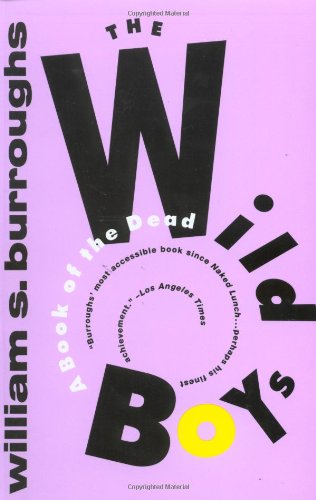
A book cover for The Wild Boys: A Book of the Dead (Burroughs, William S.); William S. Burroughs; Literature & Fiction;